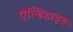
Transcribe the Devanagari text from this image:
ऐल्डिहाइड़